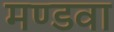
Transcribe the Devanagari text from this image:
मण्डवा